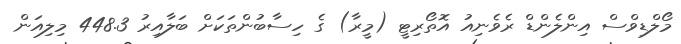
މޯލްޑިވްސް އިންލެންޑް ރެވެނިއު އޮތޯރިޓީ (މީރާ) ގެ ހިސާބުންތަކަށް ބަލާއިރު 448.3 މިލިއަން